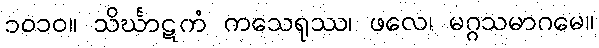
၁၀၁၀။ သိင်္ဃာဋကံ ကသေရုဿ၊ ဖလေ၊ မဂ္ဂသမာဂမေ။